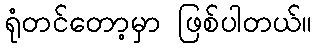
ရုံတင်တော့မှာ ဖြစ်ပါတယ်။